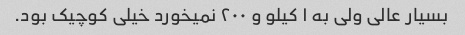
بسیار عالی ولی به ۱ کیلو و ۲۰۰ نمیخورد خیلی کوچیک بود.